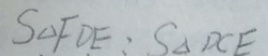
S _ { \Delta } F D E : S _ { \Delta } D C E